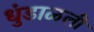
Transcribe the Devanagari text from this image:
धुंडाळली